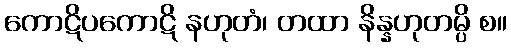
ကောဋိပကောဋိ နဟုတံ၊ တထာ နိန္နဟုတမ္ပိ စ။